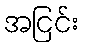
အငြင်း